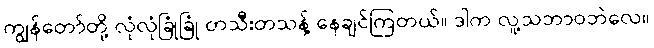
ကျွန်တော်တို့ လုံလုံခြုံခြုံ တသီးတသန့် နေချင်ကြတယ်။ ဒါက လူ့သဘာဝဘဲလေ။